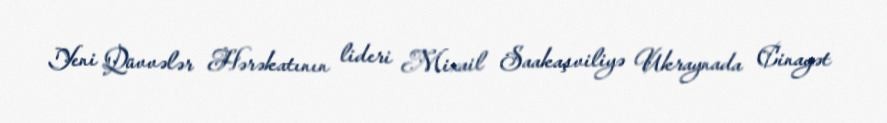
Yeni Qüvvələr Hərəkatının lideri Mixail Saakaşviliyə Ukraynada Cinayət